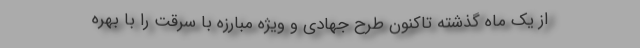
از یک ماه گذشته تاکنون طرح جهادی و ویژه مبارزه با سرقت را با بهره